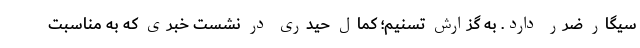
سیگار ضرر دارد. به گزارش تسنیم؛‌ کمال حیدری در نشست خبری که به مناسبت